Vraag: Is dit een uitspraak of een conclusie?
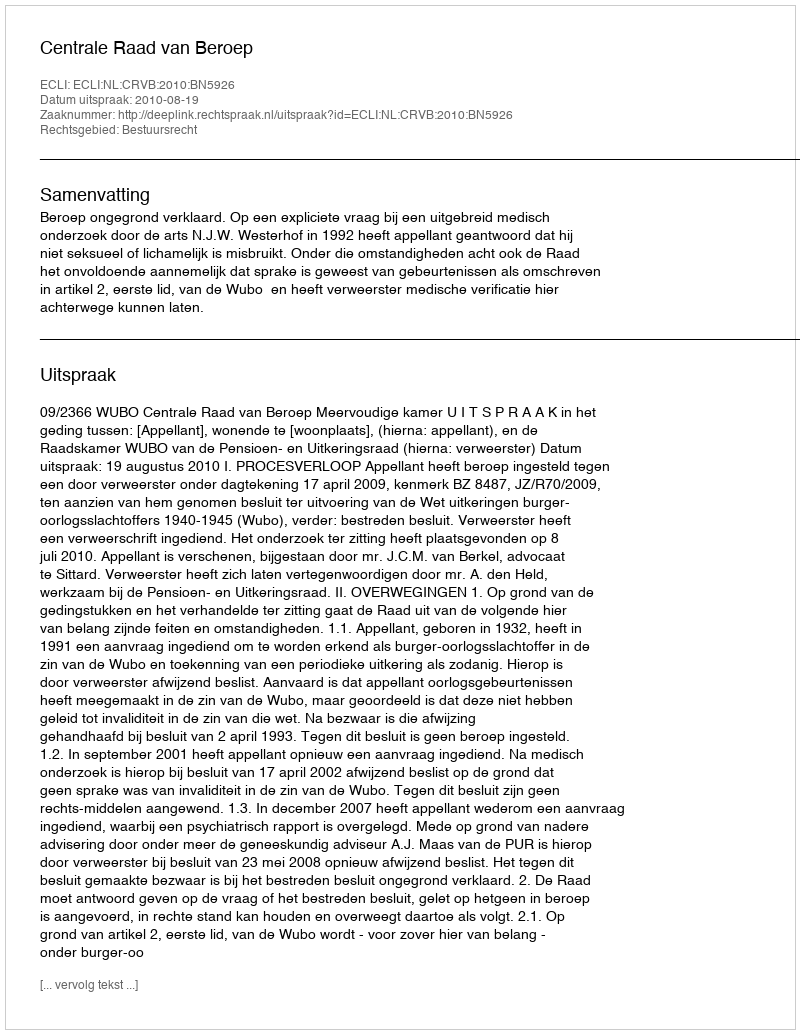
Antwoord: Uitspraak